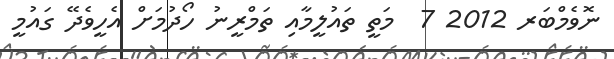
ނޮވެމްބަރ 2012 7  މަތީ ތައުލީމާއި ތަމްރީނު ހޯދުމަށް އެހީވެދޭ ގައުމީ